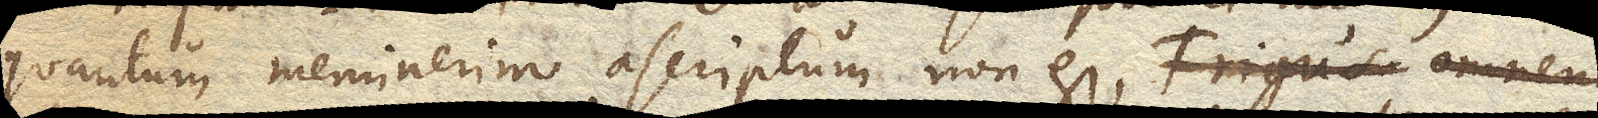
quantum meminerim ascriptum non est, Frigus tomnem